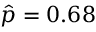
{ \hat { p } } = 0 . 6 8